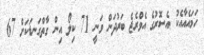
ހަމައެއާއެކު އެސޮރުގެ އެވްރެޖެ ބަރުދަން ވަނީ 71 ކިލޯ އިން ގާތްގަނޑަކަށް 67